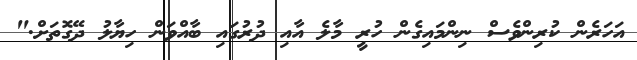
އަހަރެން ކުރިންވެސް ނިންމައިގެން ހުރީ މާލެ އާއި ދުރުގައި ބާއްވަން ހިޔާލު ދޭގޮތަށް."